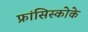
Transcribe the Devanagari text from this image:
फ्रांसिस्कोके